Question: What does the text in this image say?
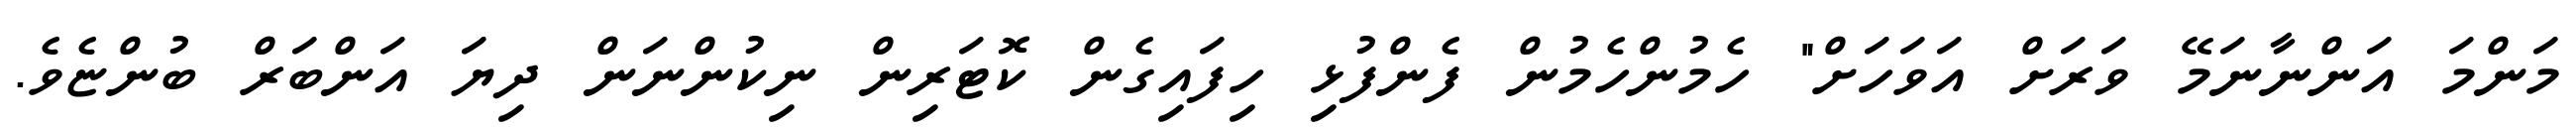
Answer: މަންމަ އަންނާނަމޭ ވަރަށް އަވަހަށް" ހެމުންހެމުން ފެންފުޅި ހިފައިގެން ކޮޓަރިން ނިކުންނަން ދިޔަ އަންބަރް ބުންޏެވެ.